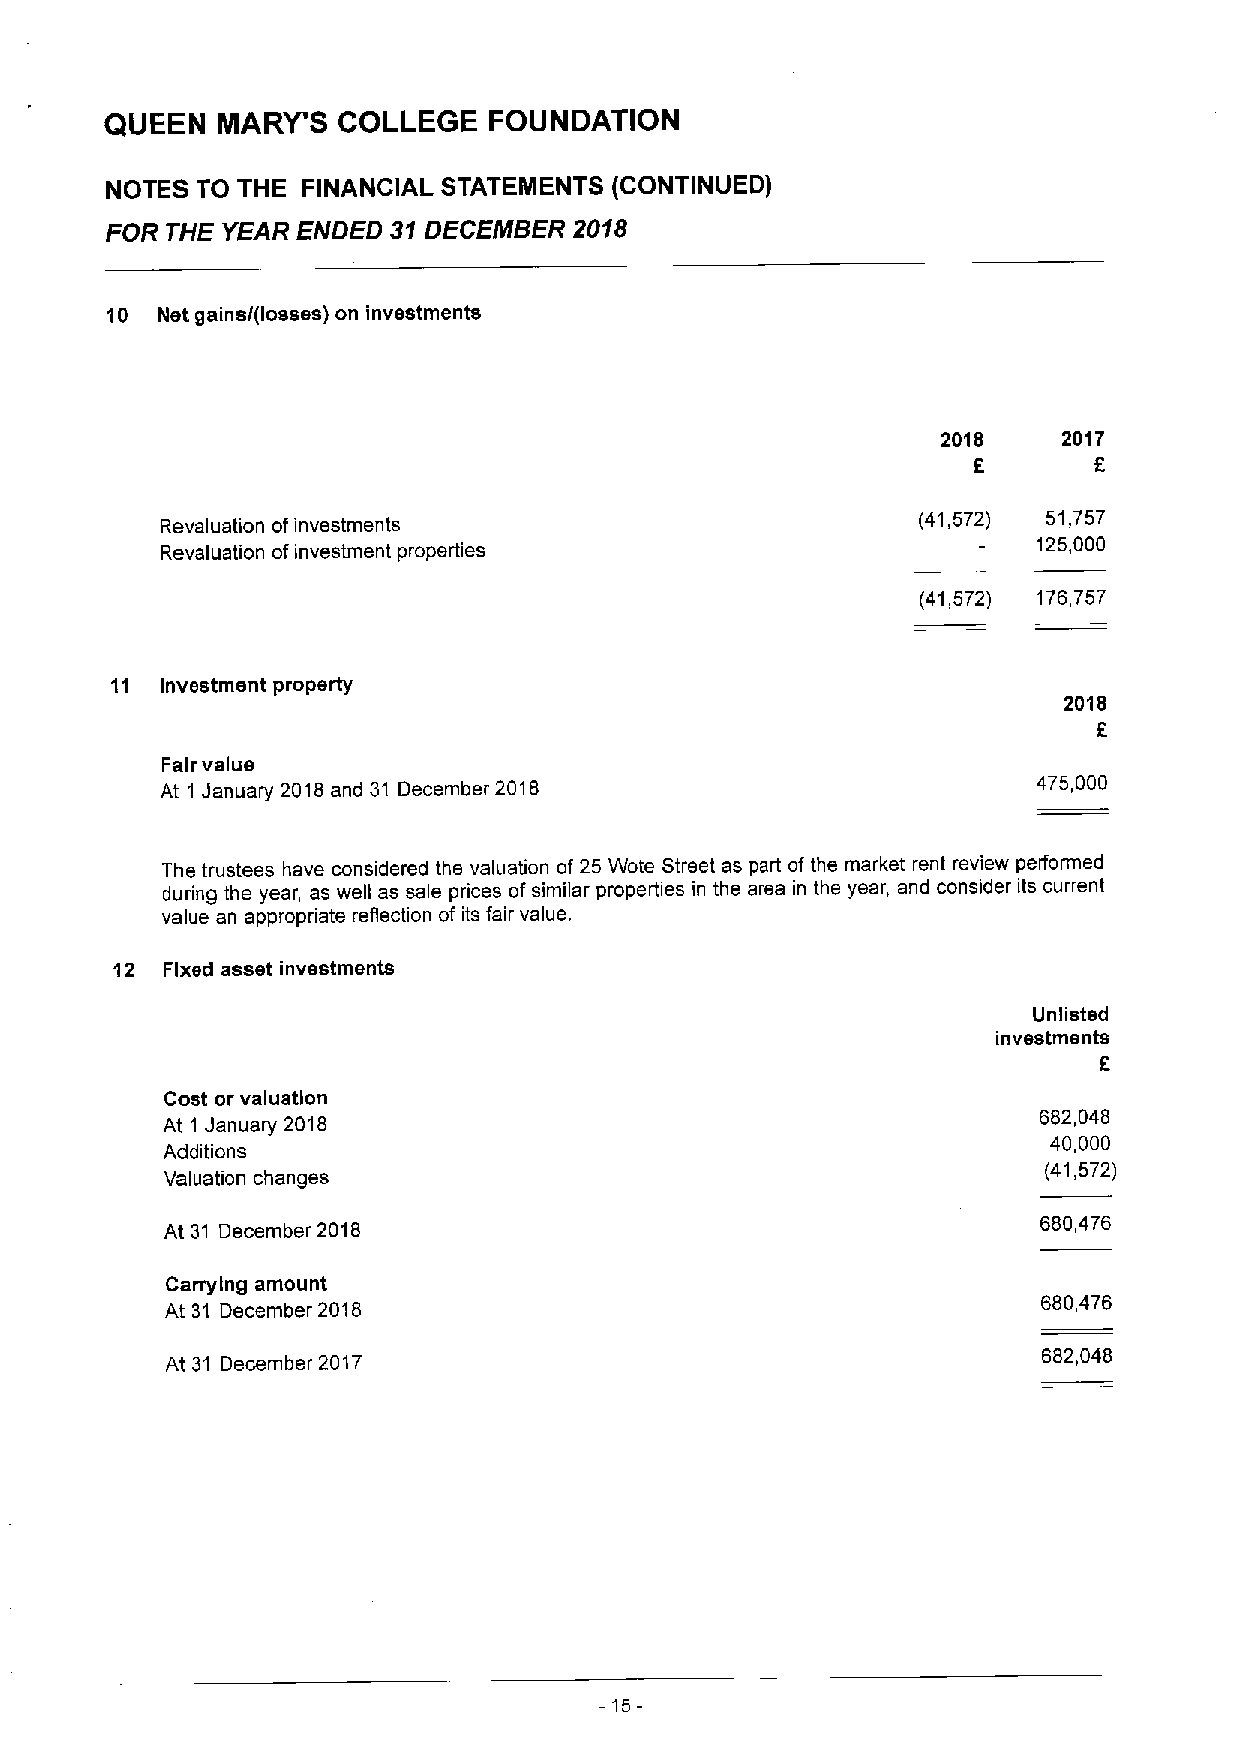
QUEEN  MARY'S  COLLEGE   FOUNDATION
 NOTES TO THE FINANCIAL STATEIIENTS (CONTINUED)
 FOR THE YEAR ENDED 31DECEMBER  2018
 10 Net gains/(losses) on investments
 2018    2017
 E       F
 Revaluation ofinvestments                         (41,572) 51,757
 125,000
 Revaluation ofinvestment properties
 (41 572) 176757
 11  Investment property
 2018
 Fair value
 At 1 January 2018and 31 December 2018                     475,000
 The trustees have considered the valuation of 25 Wote Street as part of the market rent review performed
 during the year, as well as sale prices ofsimilar properties in the area in the year, and consider its current
 value an appropriate reflection of its fair value.
 12  Fixed asset investments
 Unlisted
 investments
 Cost or valuation
 At 1 January 2018                                         682,048
 40,000
 Additions
 (41,572)
 Valuation changes
 At 31 December 2018
 680,476
 Carrying amount
 At 31 December 2018
 680,476
 At 31 December 2017                                       682,048
 -15-